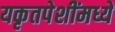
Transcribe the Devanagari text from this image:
यकृतपेशींमध्ये